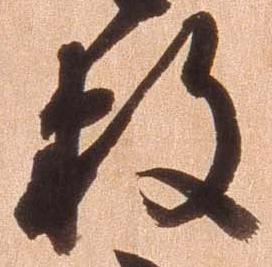
数